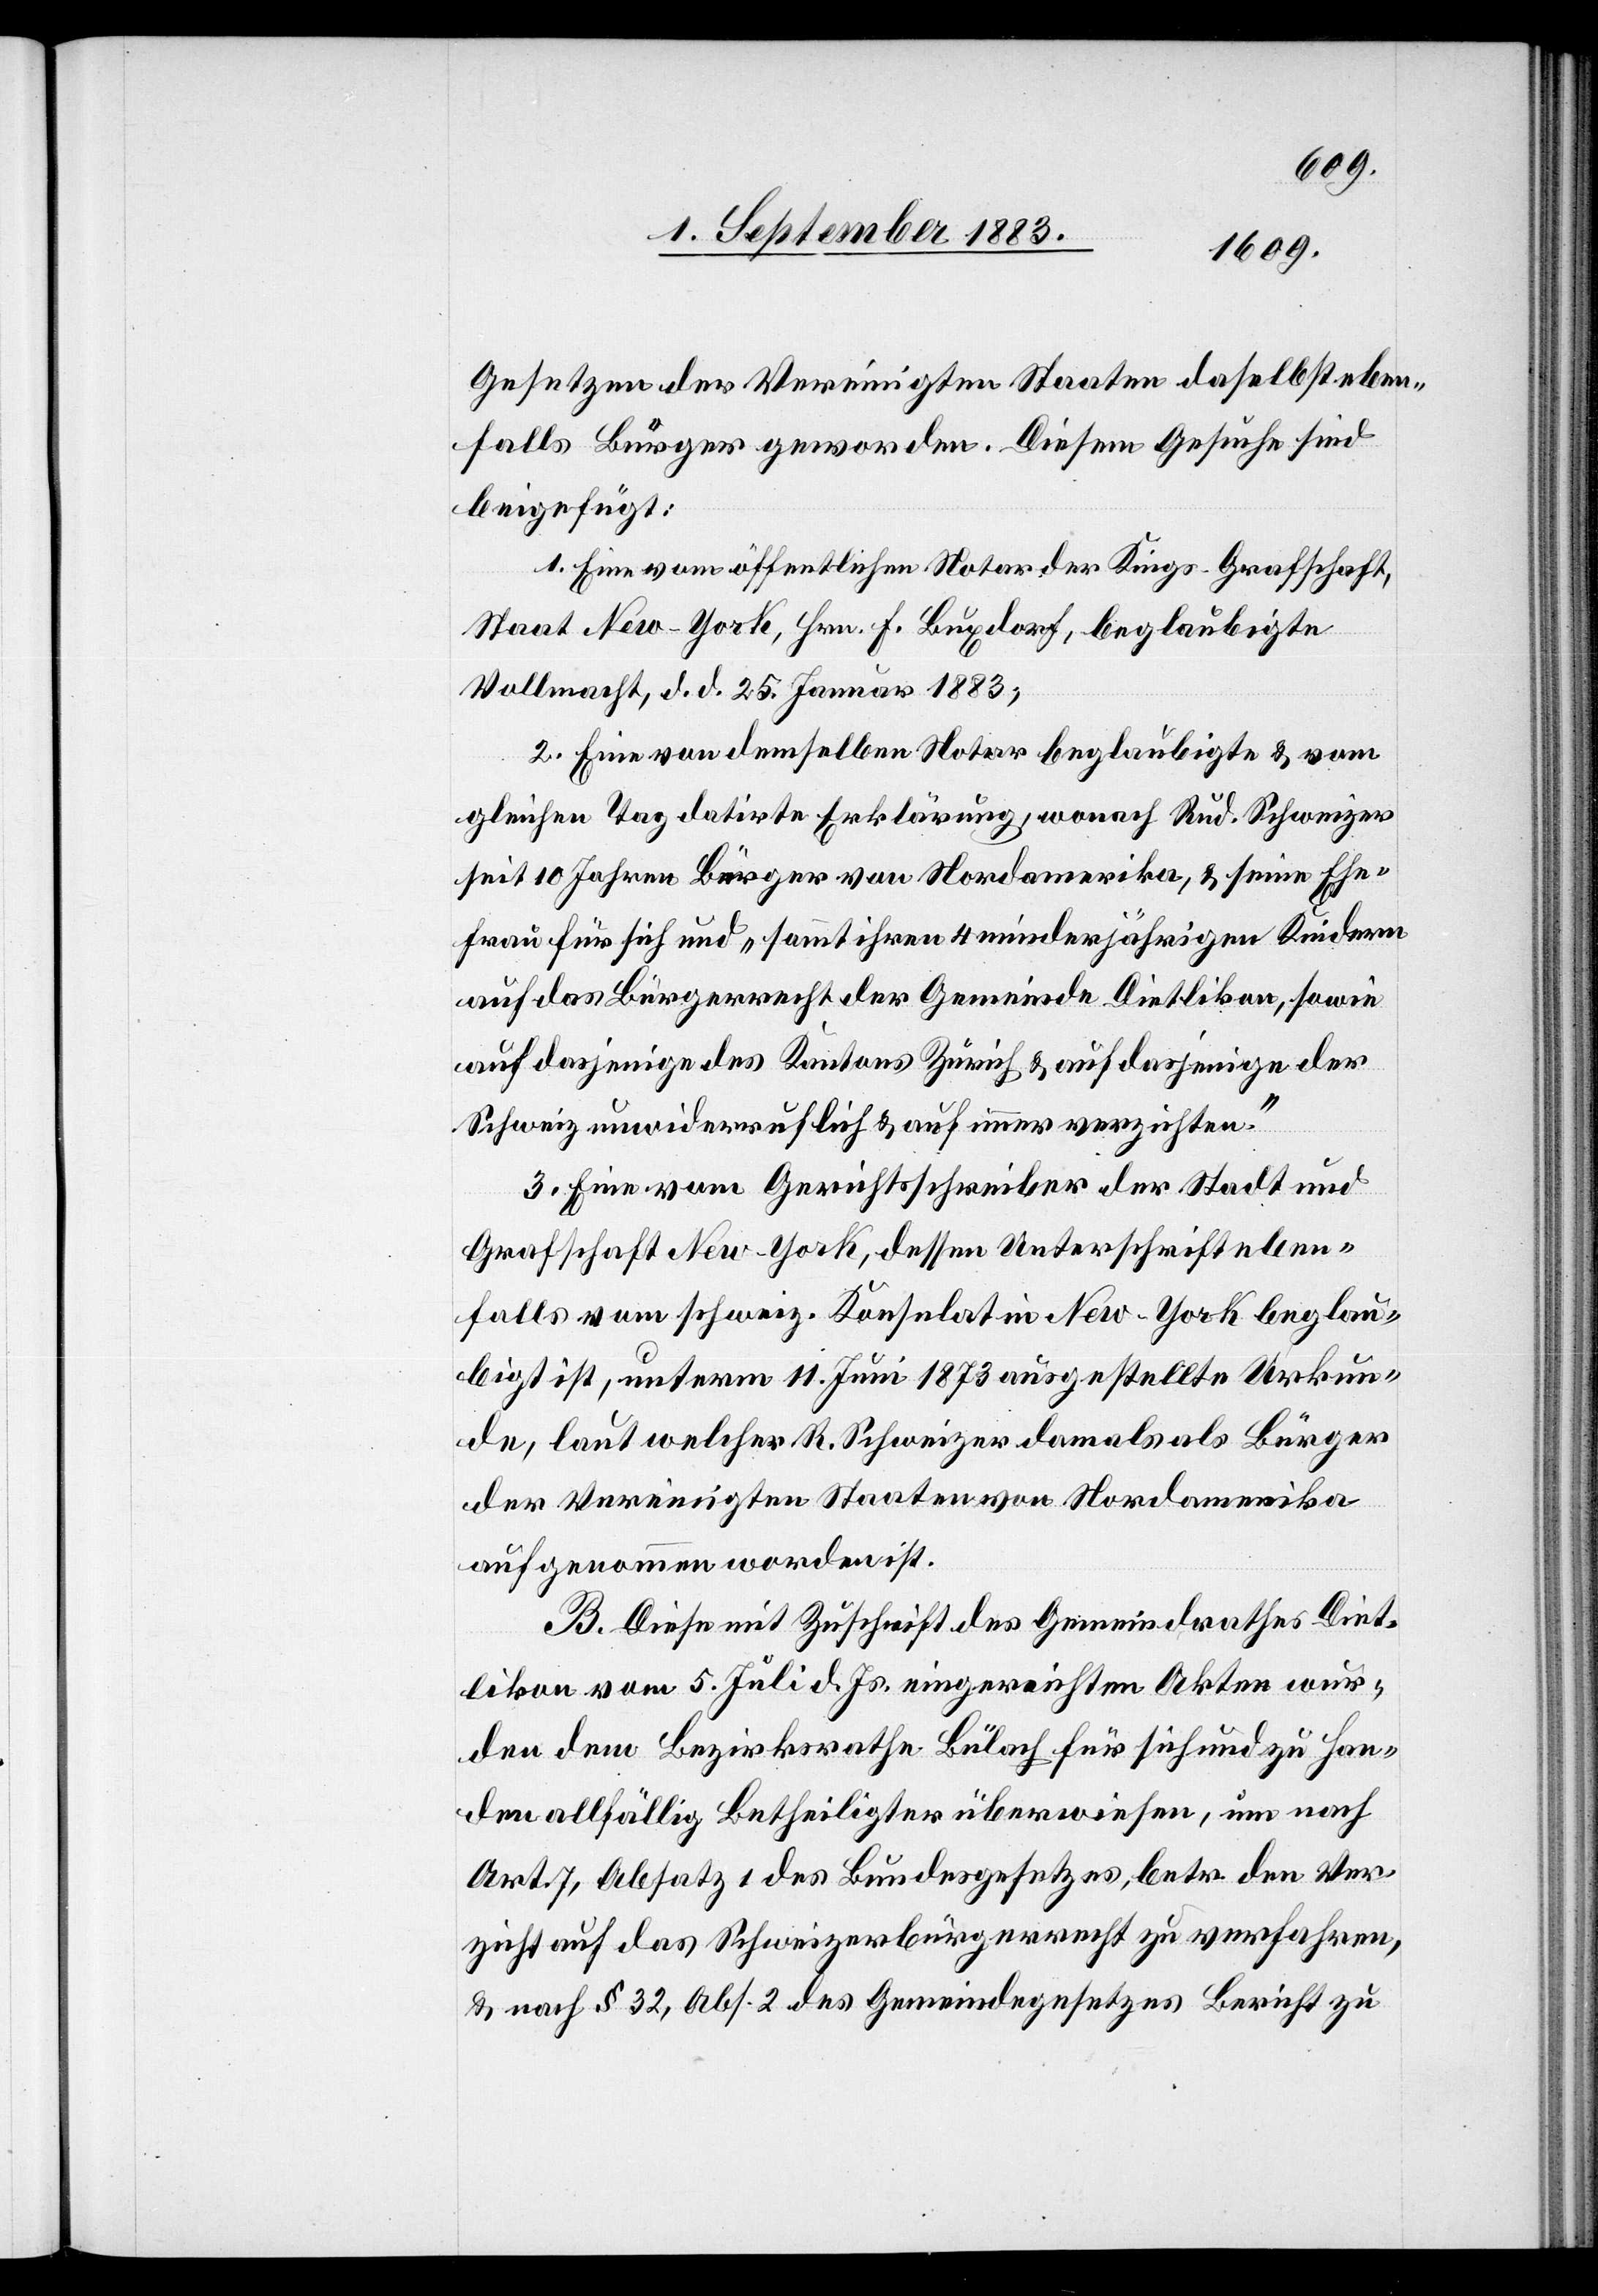
Gesetzen der Vereinigten Staaten daselbst eben¬
falls Bürger geworden. Diesem Gesuche sind
beigefügt:
1. Eine vom öffentlichen Notar der Kings-Grafschaft,
Staat New-York, Hrn. F. Buxdorf, beglaubigte
Vollmacht, d. d. 25. Januar 1883;
2. Eine von demselben Notar beglaubigte & vom
gleichen Tag datirte Erklärung, wonach Rud. Schweizer
seit 10 Jahren Bürger von Nordamerika, & seine Ehe¬
frau für sich und „sammt ihren 4 minderjährigen Kindern
auf das Bürgerrecht der Gemeinde Dietlikon, sowie
auf dasjenige des Kantons Zürich & auf dasjenige der
Schweiz unwiderruflich & auf immer verzichten.“
3. Eine vom Gerichtsschreiber der Stadt und
Grafschaft New-York, dessen Unterschrift eben¬
falls vom schweiz. Konsulat in New-York beglau¬
bigt ist, unterm 11. Juni 1873 ausgestellte Urkun¬
de, laut welcher R. Schweizer damals als Bürger
der Vereinigten Staaten von Nordamerika
aufgenommen worden ist.
B. Diese mit Zuschrift des Gemeindrathes Diet¬
likon vom 5. Juli d. Js. eingereichten Akten wur¬
den dem Bezirksrathe Bülach für sich und zu han¬
den allfällig Betheiligter überwiesen, um nach
Art. 7, Absatz 1 des Bundesgesetzes, betr. den Ver¬
zicht auf das Schweizerbürgerrecht zu verfahren,
& nach § 32, Abs. 2 des Gemeindegesetzes Bericht zu